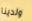
ولدينا